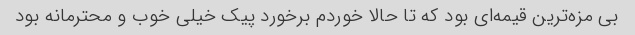
بی مزه‌ترین قیمه‌ای بود که تا حالا خوردم برخورد پیک خیلی خوب و محترمانه بود